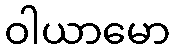
ဝါယာမော